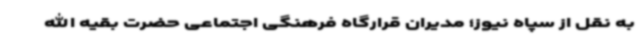
به نقل از سپاه نیوز؛ مدیران قرارگاه فرهنگی اجتماعی حضرت بقیه الله